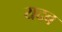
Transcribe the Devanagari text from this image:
यदव